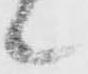
候